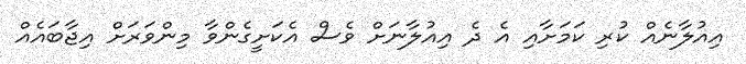
އިއުލާނެއް ކުރި ކަމަށާއި އެ ދެ އިއުލާނަށް ވެސް އެކަށީގެންވާ މިންވަރަށް އިޖާބައެއް